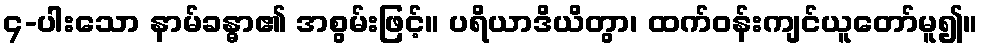
၄-ပါးသော နာမ်ခန္ဓာ၏ အစွမ်းဖြင့်။ ပရိယာဒိယိတွာ၊ ထက်ဝန်းကျင်ယူတော်မူ၍။